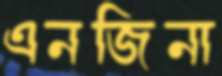
এনজিনা